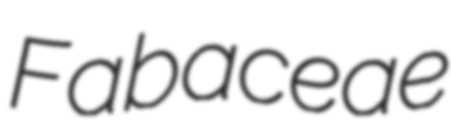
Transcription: Fabaceae